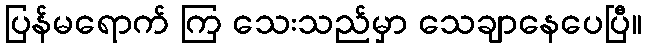
ပြန်မရောက် ကြ သေးသည်မှာ သေချာနေပေပြီ။